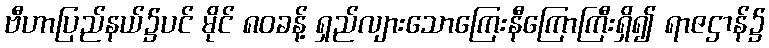
ဗီဟာပြည်နယ်၌ပင် မိုင် ၈၀ခန့် ရှည်လျားသောကြေးနီကြောကြီးရှိ၍ ရာဇဌာန်၌